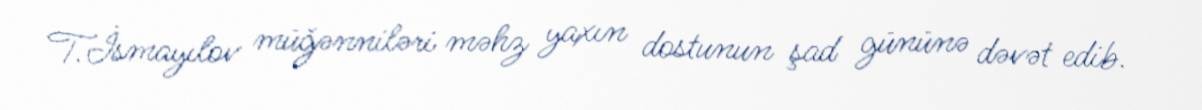
T.İsmayılov müğənniləri məhz yaxın dostunun şad gününə dəvət edib.